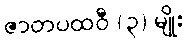
ဇာတပထဝီ (၃) မျိုး